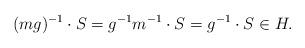
LaTeX: \begin{align*}(mg)^{-1}\cdot S= g^{-1}m^{-1}\cdot S = g^{-1}\cdot S\in H.\end{align*}